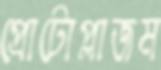
প্রোটোপ্লাজম